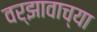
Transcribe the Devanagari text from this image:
वर्झावाच्या